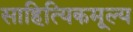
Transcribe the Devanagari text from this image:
साहित्यिकमूल्य